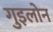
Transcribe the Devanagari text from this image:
गुइलोन